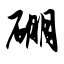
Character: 硼